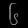
Digit: ၆